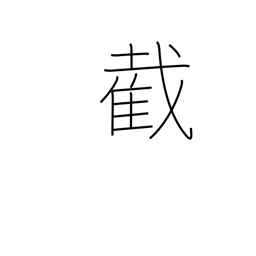
Meaning: sever